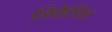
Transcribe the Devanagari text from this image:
लिकेनिड